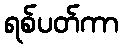
ရစ်ပတ်ကာ